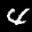
Label: 4